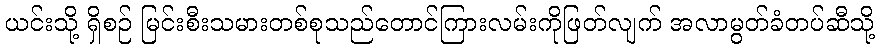
ယင်းသို့ ရှိစဉ် မြင်းစီးသမားတစ်စုသည်တောင်ကြားလမ်းကိုဖြတ်လျက် အလာမွတ်ခံတပ်ဆီသို့